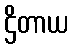
ဌိတာယ